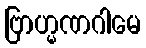
ဗြာဟ္မဏဂါမေ